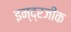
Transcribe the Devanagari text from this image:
इन्द्रजीक